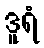
ဒူရံ